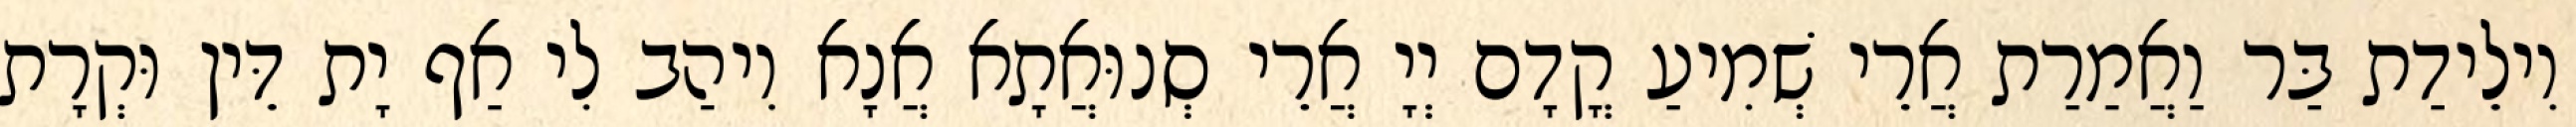
וִילֵידַת בַּר וַאֲמַרַת אֲרֵי שְׁמִיעַ קֳדָם יְיָ אֲרֵי סְנוּאֲתָא אֲנָא וִיהַב לִי אַף יָת דֵּין וּקְרָת